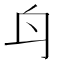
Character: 𨈏